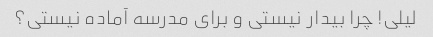
لیلی! چرا بیدار نیستی و برای مدرسه آماده نیستی؟